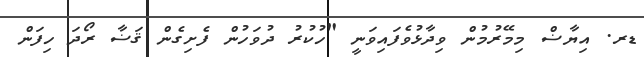
ޑރ. އިޔާޟް މިމޭރުމުން ވިދާޅުވެފައިވަނީ "ހުކުރު ދުވަހުން ފެށިގެން ޤަޟާ ރޯދަ ހިފަން